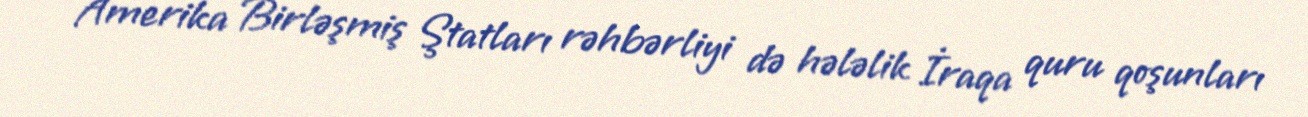
Amerika Birləşmiş Ştatları rəhbərliyi də hələlik İraqa quru qoşunları